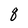
Character: q